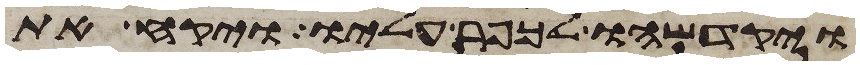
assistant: ויקדשהו לכפר עליו ויקח את